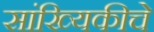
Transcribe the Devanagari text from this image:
सांख्यिकीचे